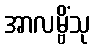
အာလမ္ဗိံသု